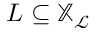
L \subseteq \mathbb X _ { \mathcal { L } }